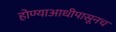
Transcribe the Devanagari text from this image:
होण्याआधीपासूनच